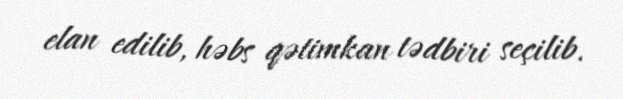
elan edilib, həbs qətimkan tədbiri seçilib.